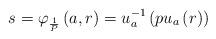
LaTeX: \begin{align*}s=\varphi_{\frac{1}{P}}\left(a,r\right)=u_{a}^{-1}\left(pu_{a}\left(r\right)\right)\end{align*}